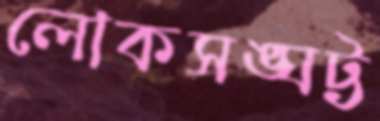
লোকসঙ্ঘট্ট